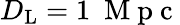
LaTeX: D_{\mathrm{{L}}}=1~\mathrm{~M~p~c~}